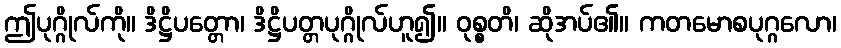
ဤပုဂ္ဂိုလ်ကို။ ဒိဋ္ဌိပတ္တော၊ ဒိဋ္ဌိပတ္တပုဂ္ဂိုလ်ဟူ၍။ ဝုစ္စတိ၊ ဆိုအပ်၏။ ကတမောစပုဂ္ဂလော၊